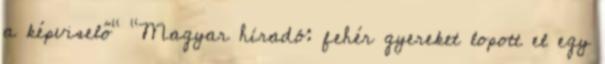
a képviselő" "Magyar híradó: fehér gyereket lopott el egy